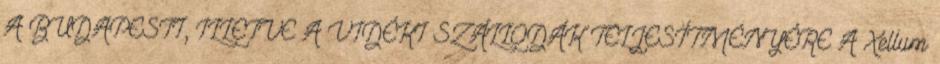
A BUDAPESTI, ILLETVE A VIDÉKI SZÁLLODÁK TELJESÍTMÉNYÉRE A Xellum